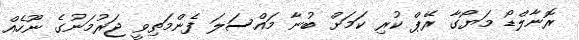
ރޮނާލްޑޯ މަޔޯގާ ރޭޕް ކުރި ކަމަށް ބުނާ މައްސަލަ ފެންމަތިވީ ޖަރުމަނުގެ ނޫހެއް